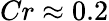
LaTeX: Cr\approx 0.2